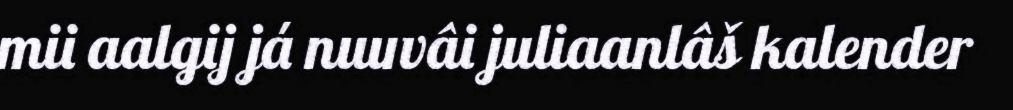
mii aalgij já nuuvâi juliaanlâš kalender